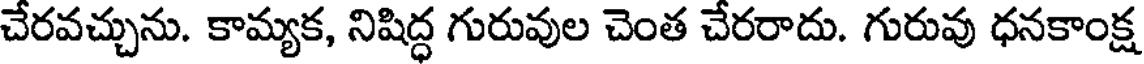
చేరవచ్చును. కామ్యక, నిషిద్ధ గురువుల చెంత చేరరాదు. గురువు ధనకాంక్ష